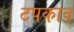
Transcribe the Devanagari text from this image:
टपकाव